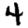
Digit: 4